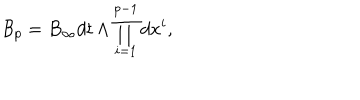
LaTeX: { \mathcal B } _ { p } = B _ { \infty } d t \wedge \prod _ { i = 1 } ^ { p - 1 } d x ^ { i } ,